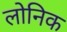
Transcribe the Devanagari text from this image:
लोनिक